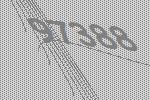
97388